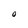
Character: O